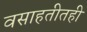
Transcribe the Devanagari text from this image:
वसाहतीतही